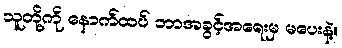
သူတို့ကို နောက်ထပ် ဘာအခွင့်အရေးမှ မပေးနဲ့။